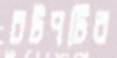
চটপটির